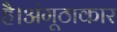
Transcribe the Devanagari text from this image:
है।अंगूठाकार